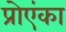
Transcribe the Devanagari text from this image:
प्रोएंका